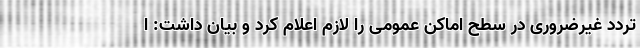
تردد غیرضروری در سطح اماکن عمومی را لازم اعلام کرد و بیان داشت: ا